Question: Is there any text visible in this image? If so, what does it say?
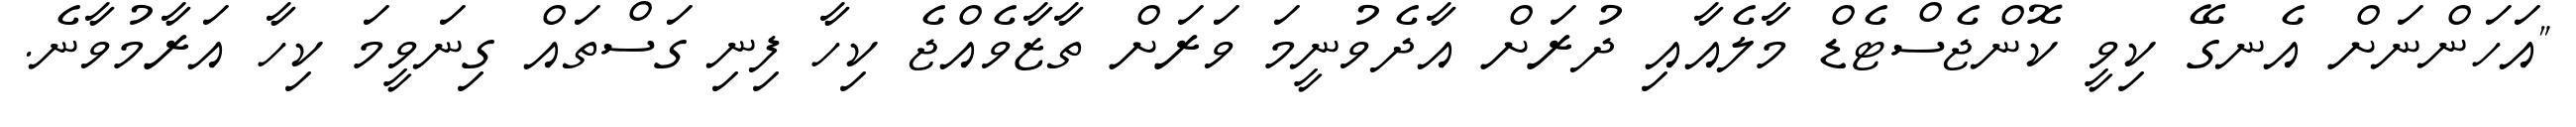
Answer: "އަހަންނަށް އެނގޭ ކިވީ ކޮންޖެސްޓެޑް މާލެއާއި ދުރަށް އާދެވުނީމަ ވަރަށް ތާޒާވެއްޖެ ކިހާ ފިނި ގަސްތައް ގިނަވީމަ ކިހާ އަރާމުވާނެ.